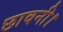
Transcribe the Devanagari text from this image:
छावनी।